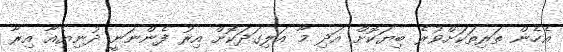
އެހެން ތަރިތަކަށްވުރެ ބިޔަކޮށް އަދި މާ އަލިގަދަކޮށް އިރު ފެންނަނީ ދުނިޔެއާ އިރާ